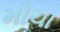
મોચા